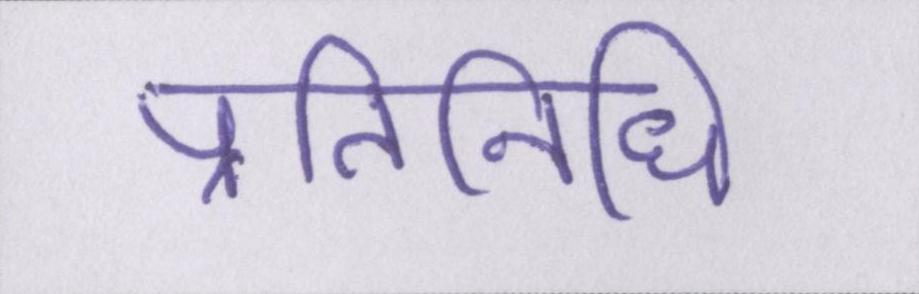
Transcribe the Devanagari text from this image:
प्रतिनिधि